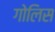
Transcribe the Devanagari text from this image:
गोलिस